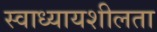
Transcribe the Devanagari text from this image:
स्वाध्यायशीलता